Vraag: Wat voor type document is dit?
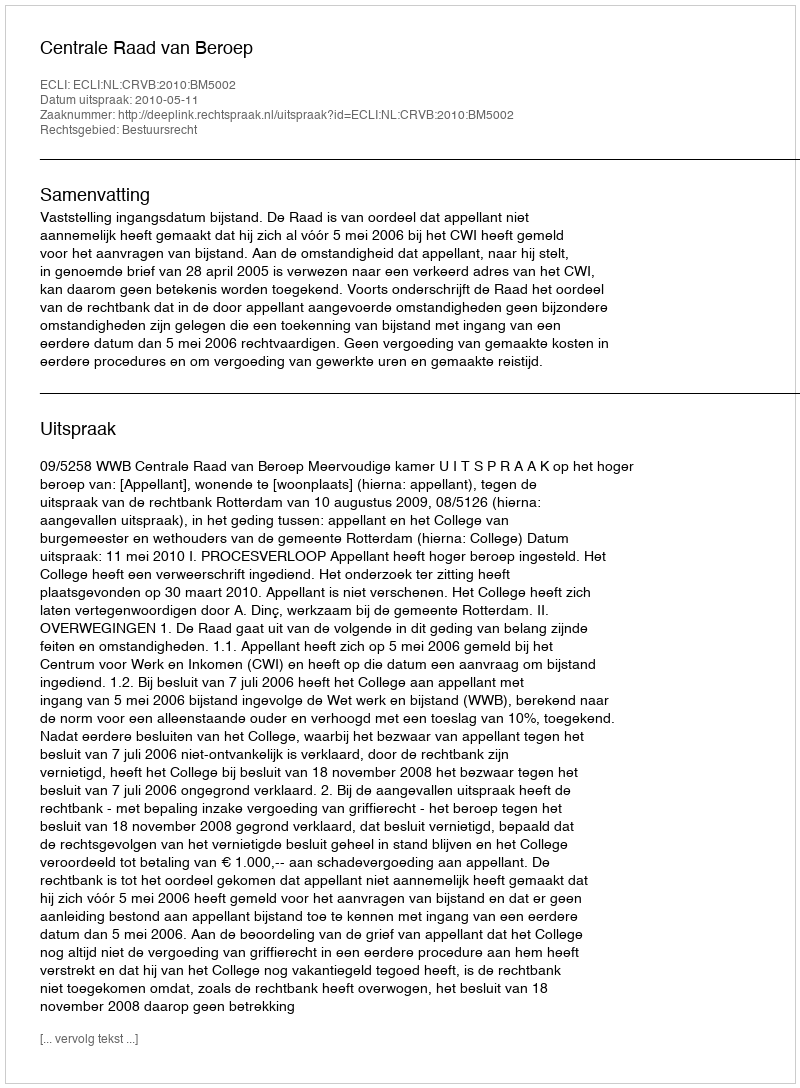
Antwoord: Uitspraak